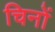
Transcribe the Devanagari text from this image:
चिनों